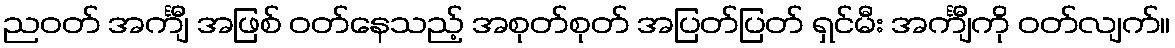
ညဝတ် အင်္ကျီ အဖြစ် ဝတ်နေသည့် အစုတ်စုတ် အပြတ်ပြတ် ရှင်မီး အင်္ကျီကို ဝတ်လျက်။